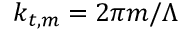
k _ { t , m } = 2 \pi m / \Lambda